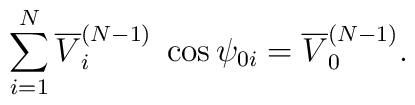
\sum\limits_{i=1}^N \overline{V}_i^{(N-1)} \; \cos\psi_{0i} = \overline{V}_0^{(N-1)} .